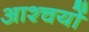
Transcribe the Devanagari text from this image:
आश्चयों